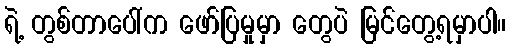
ရဲ့ တွစ်တာပေါ်က ဖော်ပြမှုမှာ တွေပဲ မြင်တွေ့ရမှာပါ။